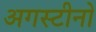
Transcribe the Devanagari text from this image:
अगस्टीनो